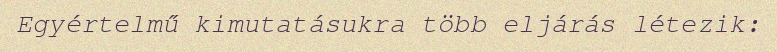
Egyértelmű kimutatásukra több eljárás létezik: